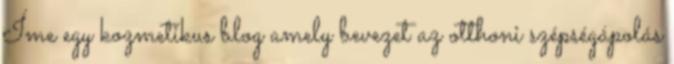
Íme egy kozmetikus blog amely bevezet az otthoni szépségápolás